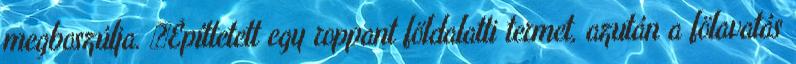
megboszúlja. «Építtetett egy roppant földalatti termet, azután a fölavatás